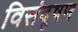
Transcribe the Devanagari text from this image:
विसंदूषण